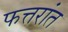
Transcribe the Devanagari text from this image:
फत्तरांत